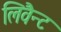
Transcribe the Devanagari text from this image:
लिवैन्ट